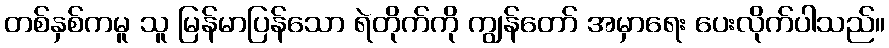
တစ်နှစ်ကမူ သူ မြန်မာပြန်သော ရဲတိုက်ကို ကျွန်တော် အမှာရေး ပေးလိုက်ပါသည်။